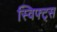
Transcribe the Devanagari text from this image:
स्विफ्ट्स